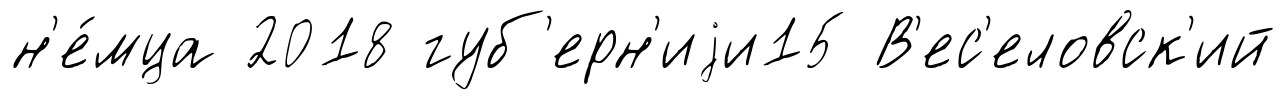
н'е́мца 2018 губ'ерн'иjи15 В'ес'еловск'ий